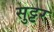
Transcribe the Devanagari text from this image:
सुट्टर